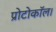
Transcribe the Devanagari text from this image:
प्रोटोकॉल।